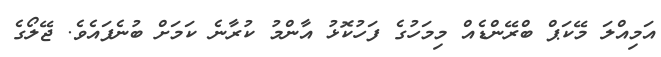
އަމިއްލަ މޭކަޕް ބްރޭންޑެއް މިމަހުގެ ފަހުކޮޅު އާންމު ކުރާނެ ކަމަށް ބުނެފައެވެ. ޖޭލޯގެ